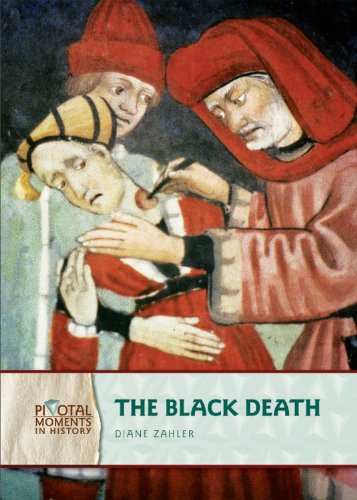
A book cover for The Black Death (Pivotal Moments in History); Diane Zahler; Children's Books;